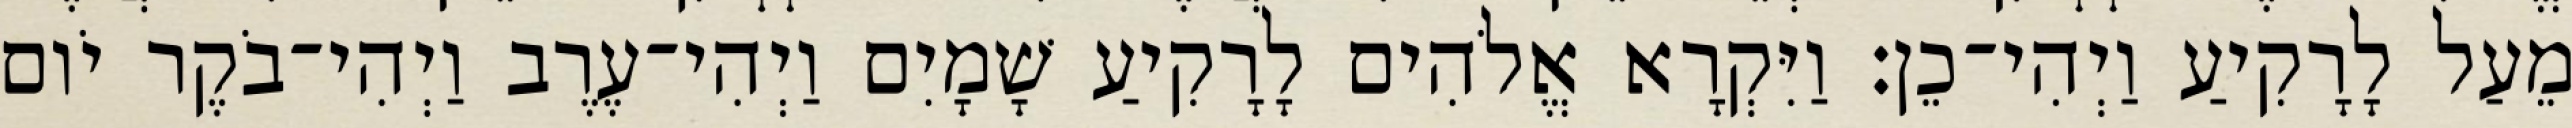
מֵעַל לָרָקִיעַ וַיְהִי־כֵן׃ וַיִּקְרָא אֱלֹהִים לָרָקִיעַ שָׁמָיִם וַיְהִי־עֶרֶב וַיְהִי־בֹקֶר יֹום